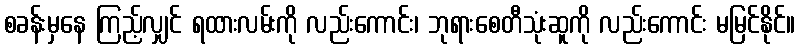
စခန်းမှနေ ကြည့်လျှင် ရထားလမ်းကို လည်းကောင်း၊ ဘုရားစေတီသုံးဆူကို လည်းကောင်း မမြင်နိုင်။